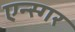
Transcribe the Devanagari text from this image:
एन्स्गर